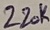
Text: 220K